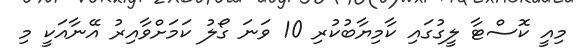
މިއީ ކޮސްޓާ ލީގުގައި ކާމިޔާބުކުރި 10 ވަނަ ގޯލު ކަމަށްވާއިރު އޭނާއަކީ މި